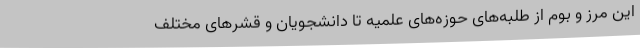
این مرز و بوم از طلبه‌های حوزه‌های علمیه تا دانشجویان و قشرهای مختلف